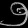
Digit: ၅